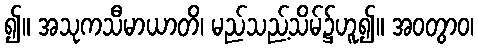
၍။ အသုကသီမာယာတိ၊ မည်သည့်သိမ်၌ဟူ၍။ အဝတွာဝ၊